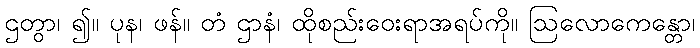
ဌတွာ၊ ၍။ ပုန၊ ဖန်။ တံ ဌာနံ၊ ထိုစည်းဝေးရာအရပ်ကို။ ဩလောကေန္တော၊